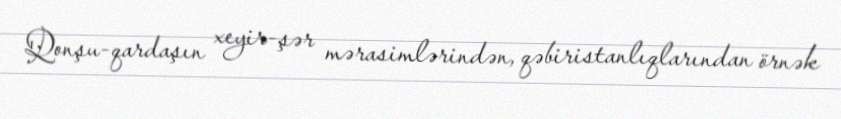
Qonşu-qardaşın xeyir-şər mərasimlərindən, qəbiristanlıqlarından örnək